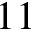
1 1